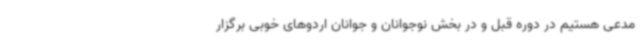
مدعی هستیم در دوره قبل و در بخش نوجوانان و جوانان اردوهای خوبی برگزار